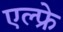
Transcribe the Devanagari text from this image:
एल्फ्रे